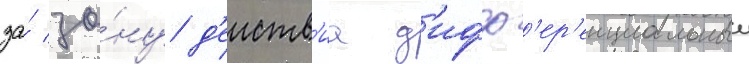
за́ зо́ну д'еиств'иа д'ифф'ер'енциальныи